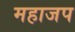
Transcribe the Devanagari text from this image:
महाजप